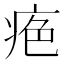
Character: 𤶋